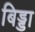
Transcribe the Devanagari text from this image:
बिड्डा